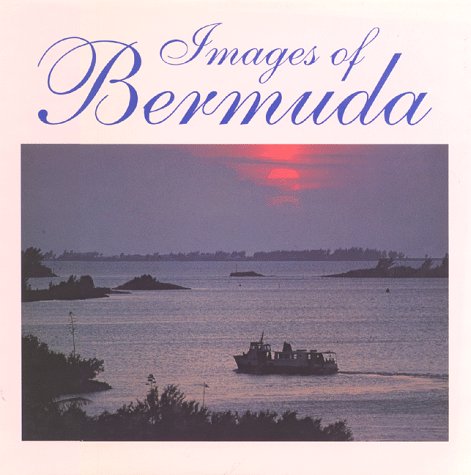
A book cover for Images of Bermuda; Roger A. LaBrucherie; Travel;